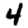
Digit: 4